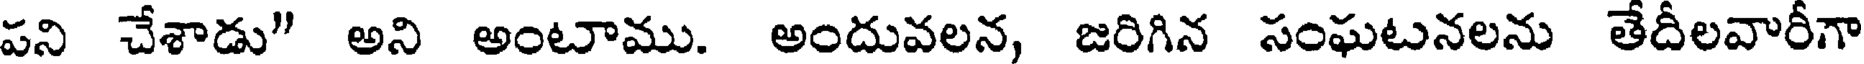
పని చేశాడు" అని అంటాము. అందువలన, జరిగిన సంఘటనలను తేదీలవారీగా